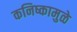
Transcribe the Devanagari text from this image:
कनिष्कामुळे